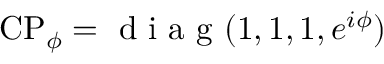
\mathrm { C P } _ { \phi } = \textrm { d i a g } ( 1 , 1 , 1 , e ^ { i \phi } )